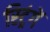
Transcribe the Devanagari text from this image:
स्ट्रिंगें